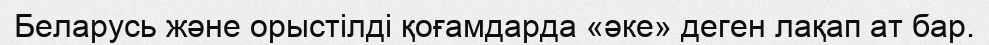
Беларусь және орыстілді қоғамдарда «әке» деген лақап ат бар.